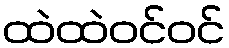
ထဲထဲဝင်ဝင်